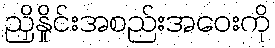
ညှိနှိုင်းအစည်းအဝေးကို